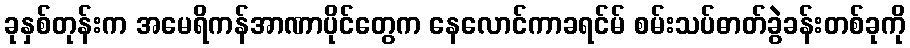
ခုနှစ်တုန်းက အမေရိကန်အာဏာပိုင်တွေက နေလောင်ကာခရင်မ် စမ်းသပ်ဓာတ်ခွဲခန်းတစ်ခုကို